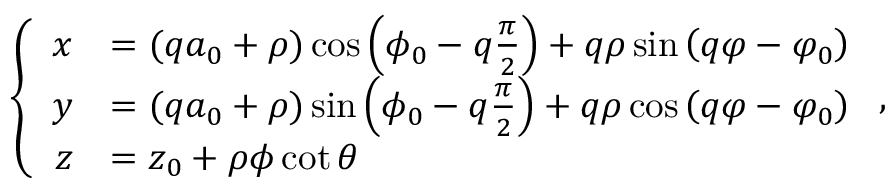
\left\{ \begin{array} { r l } { x } & { = ( q a _ { 0 } + \rho ) \cos \left( \phi _ { 0 } - q \frac { \pi } { 2 } \right) + q \rho \sin \left( q \varphi - \varphi _ { 0 } \right) } \\ { y } & { = ( q a _ { 0 } + \rho ) \sin \left( \phi _ { 0 } - q \frac { \pi } { 2 } \right) + q \rho \cos \left( q \varphi - \varphi _ { 0 } \right) } \\ { z } & { = z _ { 0 } + \rho \phi \cot { \theta } } \end{array} \right. ,